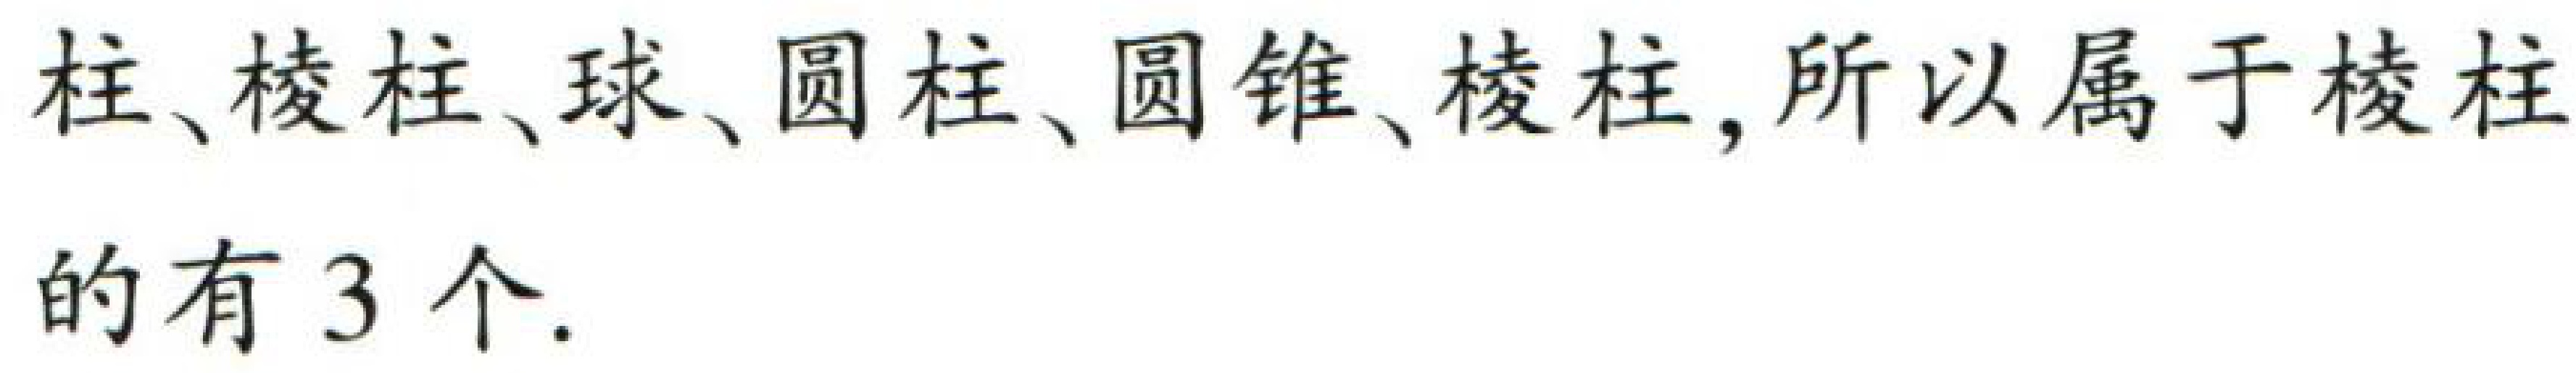
柱、棱柱、球、圆柱、圆锥、棱柱, 所以属于棱柱

的有 3 个.